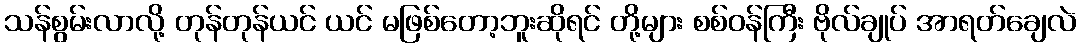
သန်စွမ်းလာလို့ တုန်တုန်ယင် ယင် မဖြစ်တော့ဘူးဆိုရင် တို့များ စစ်ဝန်ကြီး ဗိုလ်ချုပ် အာရတ်ချေလဲ